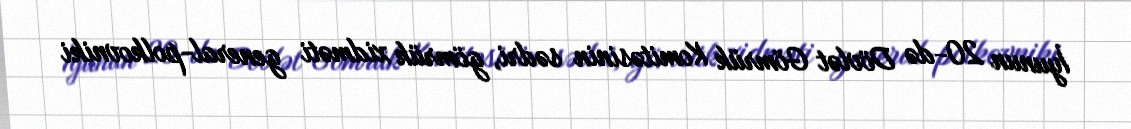
İyunun 20-də Dövlət Gömrük Komitəsinin sədri, gömrük xidməti general-polkovniki